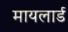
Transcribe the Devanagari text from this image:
मायलार्ड